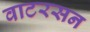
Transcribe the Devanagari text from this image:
वाटरसन